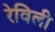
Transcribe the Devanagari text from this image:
रेविली